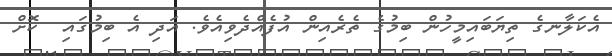
އެކަލާނގެ ތިޔަބައިމީހުން ބިމުގެ ތެރެއިން އުފެއްދެވިއެވެ. އަދި އެ ބިމުގައި  ކޮށް